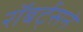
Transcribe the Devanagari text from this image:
रॉबर्ट्सने